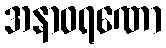
အနာဝရဏော